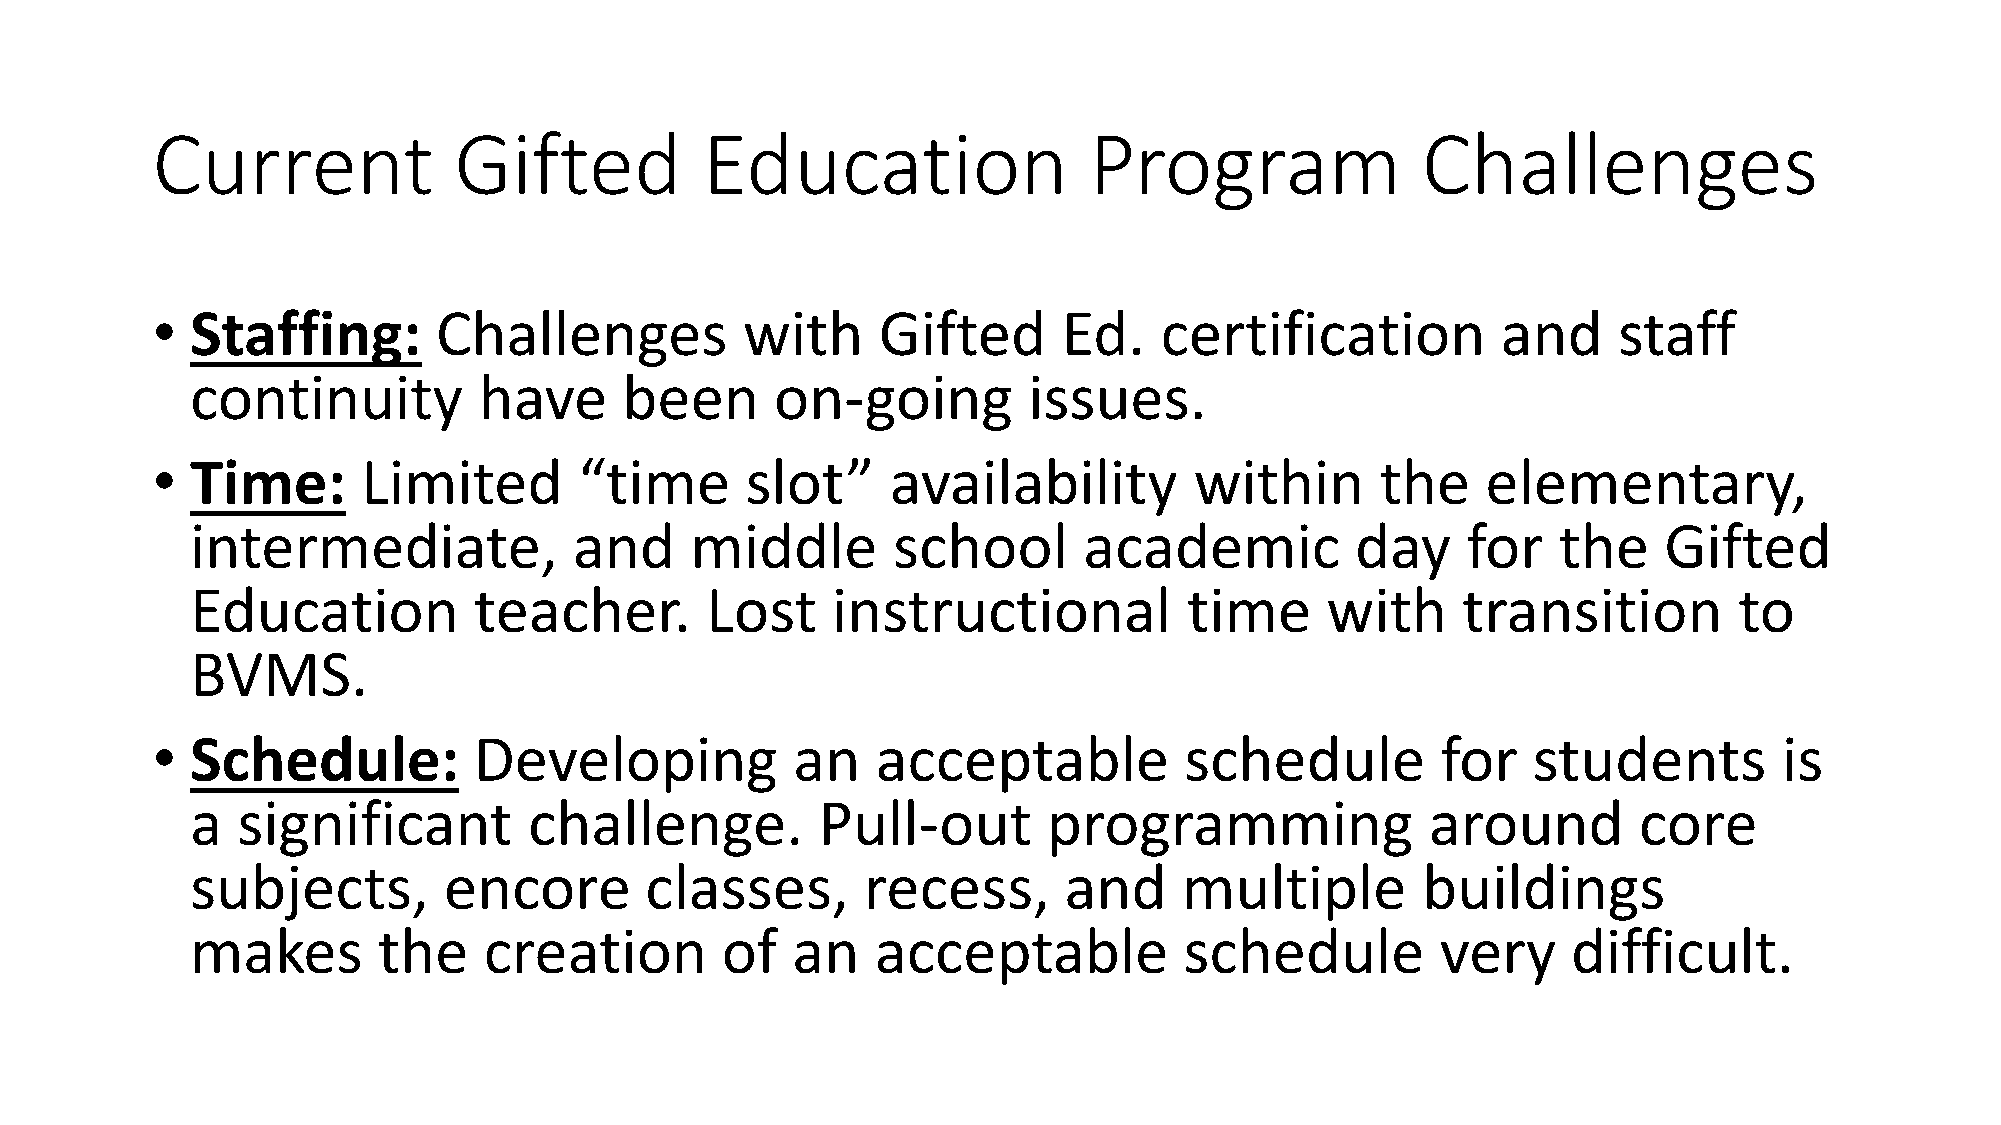
Current             Gifted          Education                 Program               Challenges
 •  Staffing:       Challenges          with     Gifted      Ed.    certification         and     staff
 continuity         have     been      on-going         issues.
 •  Time:      Limited       “time      slot”     availability        within      the    elementary,
 intermediate,            and     middle       school       academic          day    for   the    Gifted
 Education         teacher.        Lost    instructional           time     with     transition        to
 BVMS.
 •  Schedule:         Developing           an    acceptable          schedule         for   students         is
 a  significant        challenge.         Pull-out       programming               around       core
 subjects,       encore        classes,      recess,      and     multiple        buildings
 makes       the    creation        of  an    acceptable          schedule         very     difficult.